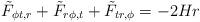
LaTeX: \begin{align*}{\tilde F}_{\phi t,r}+{\tilde F}_{r\phi,t}+{\tilde F}_{tr,\phi}=-2Hr\end{align*}